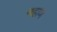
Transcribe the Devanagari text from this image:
नहाण